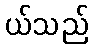
ယ်သည်